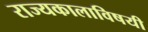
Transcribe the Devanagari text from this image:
राज्यकालाविषयी